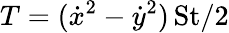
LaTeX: T=(\dot{x}^{2}-\dot{y}^{2})\, \textrm{St}/2